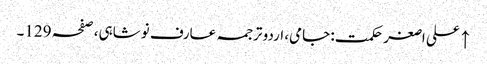
↑ علی اصغر حکمت: جامی، اردو ترجمہ عارف نوشاہی، صفحہ 129۔